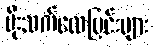
မိုးသက်လေပြင်းများ